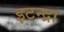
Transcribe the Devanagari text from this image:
इटन्द्रा